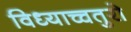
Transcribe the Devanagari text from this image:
विध्याच्चतुरो